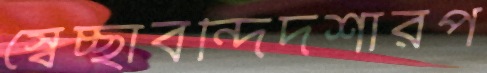
স্বেচ্ছাবন্দিদশারপ